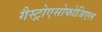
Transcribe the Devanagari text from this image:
गैस्ट्रोएसोफोजिएल